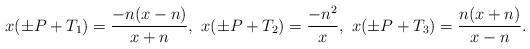
LaTeX: \begin{align*}x(\pm P+T_{1})=\frac{-n(x-n)}{x+n},\ x(\pm P+T_{2})=\frac{-n^{2}}{x},\ x(\pm P+T_{3})=\frac{n(x+n)}{x-n}.\end{align*}